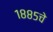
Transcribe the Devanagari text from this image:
१८८५चे